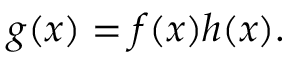
g ( x ) = f ( x ) h ( x ) .